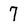
Character: 7